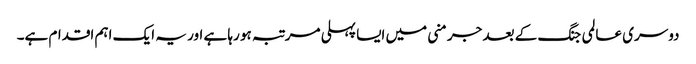
دوسری عالمی جنگ کے بعد جرمنی میں ایسا پہلی مرتبہ ہو رہا ہے اور یہ ایک اہم اقدام ہے۔